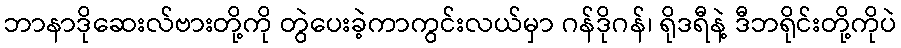
ဘာနာဒိုဆေးလ်ဗားတို့ကို တွဲပေးခဲ့ကာကွင်းလယ်မှာ ဂန်ဒိုဂန်၊ ရိုဒရီနဲ့ ဒီဘရိုင်းတို့ကိုပဲ